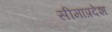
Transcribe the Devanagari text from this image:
सीमाप्रदेश